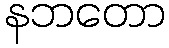
နဘတော